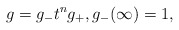
\begin{align*} g=g_- t^n g_+,g_-(\infty)=1,\end{align*}